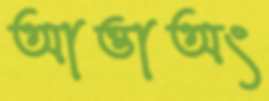
আত্তাঅং